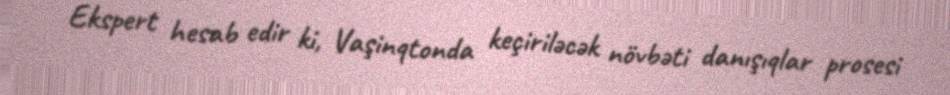
Ekspert hesab edir ki, Vaşinqtonda keçiriləcək növbəti danışıqlar prosesi